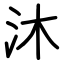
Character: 沐